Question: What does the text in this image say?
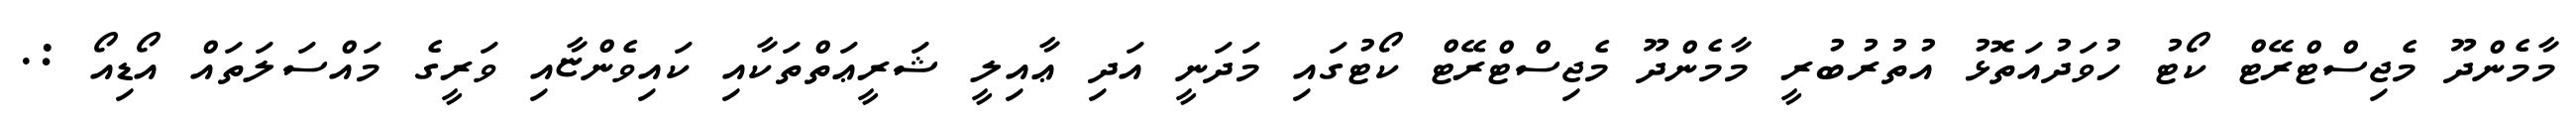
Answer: މާމެންދޫ މެޖިސްޓްރޭޓް ކޯޓު ހުވަދުއަތޮޅު އުތުރުބުރީ މާމެންދޫ މެޖިސްޓްރޭޓް ކޯޓުގައި މަދަނީ އަދި ޢާއިލީ ޝަރީޢަތްތަކާއި ކައިވެންޏާއި ވަރީގެ މައްސަލަތައް އޯޑިއޯ :.